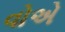
વોએ